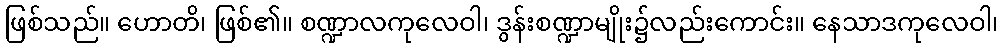
ဖြစ်သည်။ ဟောတိ၊ ဖြစ်၏။ စဏ္ဍာလကုလေဝါ၊ ဒွန်းစဏ္ဍာမျိုး၌လည်းကောင်း။ နေသာဒကုလေဝါ၊